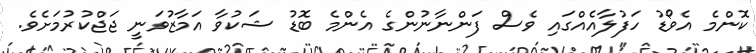
ކޮންމެ އެވޯޑު ހަފުލާއެއްގައި ވެސް ފަންނާނުންގެ އެންމެ ބޮޑު ޝަކުވާ އަމާޒުވަނީ ޖަޖްކުރުމަށެވެ.